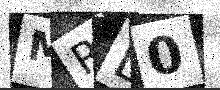
Text: MRD0